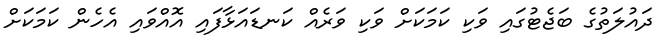
ދައުލަތުގެ ބަޖެޓުގައި ވަކި ކަމަކަށް ވަކި ވަރެއް ކަނޑައަޅާފައި އޮއްވައި އެހެން ކަމަކަށް